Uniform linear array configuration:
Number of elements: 8
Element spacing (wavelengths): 0.25
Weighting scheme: hamming
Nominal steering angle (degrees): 60
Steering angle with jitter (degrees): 58.123
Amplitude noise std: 0.05
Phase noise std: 0.05

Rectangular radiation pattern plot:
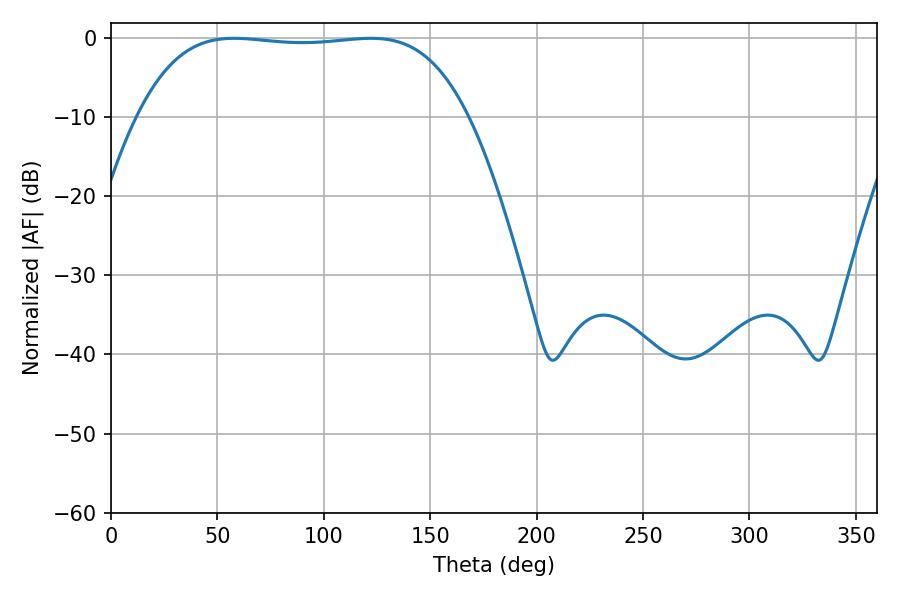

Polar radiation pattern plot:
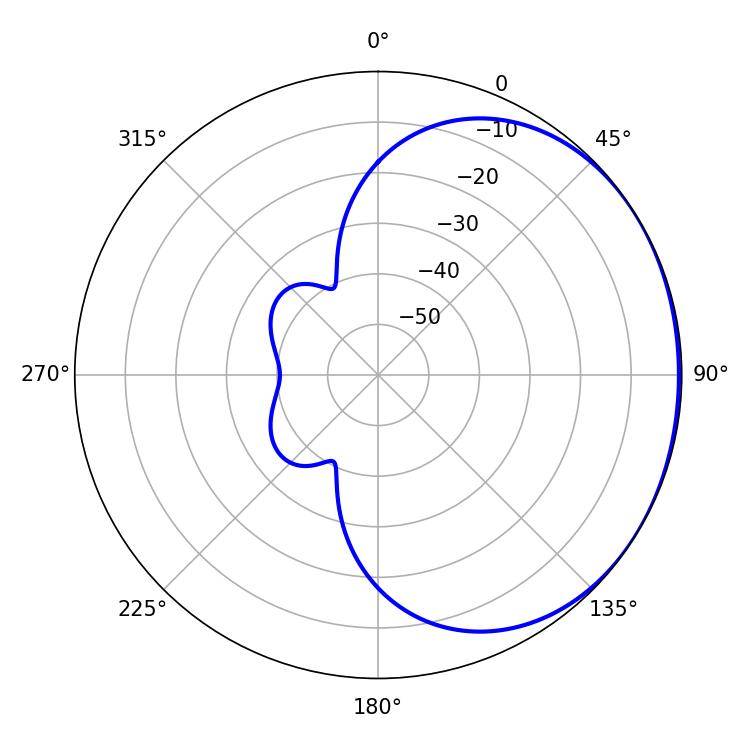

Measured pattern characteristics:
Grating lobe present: FALSE
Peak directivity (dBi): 0.8557
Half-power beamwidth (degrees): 121.32
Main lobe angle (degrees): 57.78